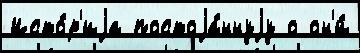
Исто́р'иjа постоjа́ннуjу о он'и́